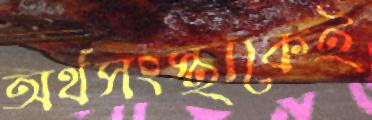
অর্থসংস্থাকেই